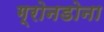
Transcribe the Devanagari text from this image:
ग्रोनडोना